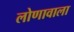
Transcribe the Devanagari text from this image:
लोणावाला